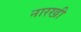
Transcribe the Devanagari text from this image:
नारखी